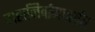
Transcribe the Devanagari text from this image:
महानिर्वाणापर्यंत